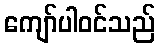
ကျော်ပါဝင်သည်